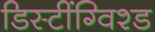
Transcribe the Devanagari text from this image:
डिस्टींग्विश्ड